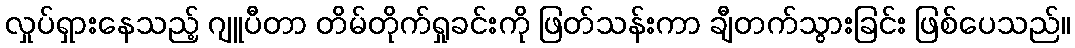
လှုပ်ရှားနေသည့် ဂျူပီတာ တိမ်တိုက်ရှုခင်းကို ဖြတ်သန်းကာ ချီတက်သွားခြင်း ဖြစ်ပေသည်။